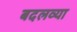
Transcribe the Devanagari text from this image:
बदलव्या